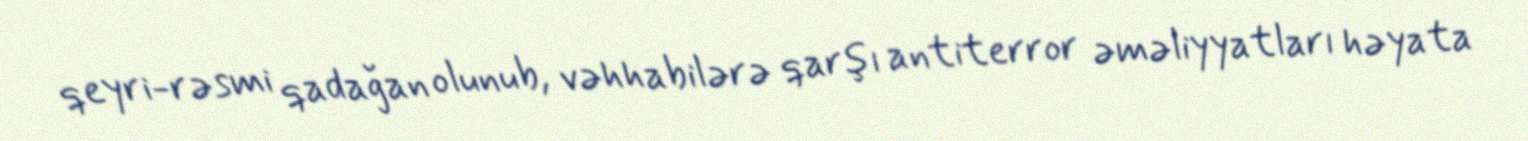
qeyri-rəsmi qadağan olunub, vəhhabilərə qarşı antiterror əməliyyatları həyata